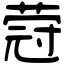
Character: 蒄